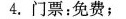
4.门票：免费；